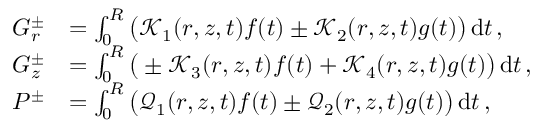
\begin{array} { r l } { G _ { r } ^ { \pm } } & { = \int _ { 0 } ^ { R } \big ( \mathcal { K } _ { 1 } ( r , z , t ) f ( t ) \pm \mathcal { K } _ { 2 } ( r , z , t ) g ( t ) \big ) \, \mathrm { d } t \, , } \\ { G _ { z } ^ { \pm } } & { = \int _ { 0 } ^ { R } \big ( \pm \mathcal { K } _ { 3 } ( r , z , t ) f ( t ) + \mathcal { K } _ { 4 } ( r , z , t ) g ( t ) \big ) \, \mathrm { d } t \, , } \\ { P ^ { \pm } } & { = \int _ { 0 } ^ { R } \big ( \mathcal { Q } _ { 1 } ( r , z , t ) f ( t ) \pm \mathcal { Q } _ { 2 } ( r , z , t ) g ( t ) \big ) \, \mathrm { d } t \, , } \end{array}